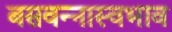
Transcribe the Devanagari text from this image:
बसवन्नास्वभाव